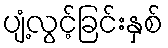
ပျံ့လွင့်ခြင်းနှစ်